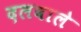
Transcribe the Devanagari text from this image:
दलवाले